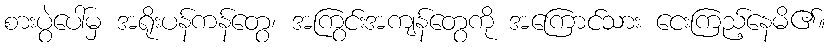
စားပွဲပေါ်မှ အရိုးပန်ကန်တွေ၊ အကြွင်းအကျန်တွေကို အကြောင်သား ငေးကြည့်နေမိ၏။